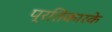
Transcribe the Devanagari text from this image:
प्रतिकारके